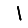
Digit: 1